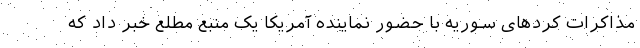
مذاکرات کردهای سوریه با حضور نماینده آمریکا یک منبع مطلع خبر داد که